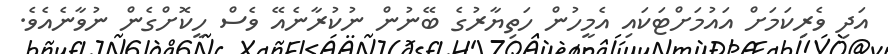
އަދި ވެރިކަމަށް އައުމަށްޓަކައި އެމީހުން ހަތިޔާރުގެ ބޭނުން ނުކުރާނެއޭ ވެސް ހީކޮށްގެން ނުވާނެއެވެ.